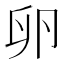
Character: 卵